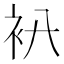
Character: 𧘒